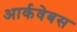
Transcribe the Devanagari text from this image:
आर्कवेबस